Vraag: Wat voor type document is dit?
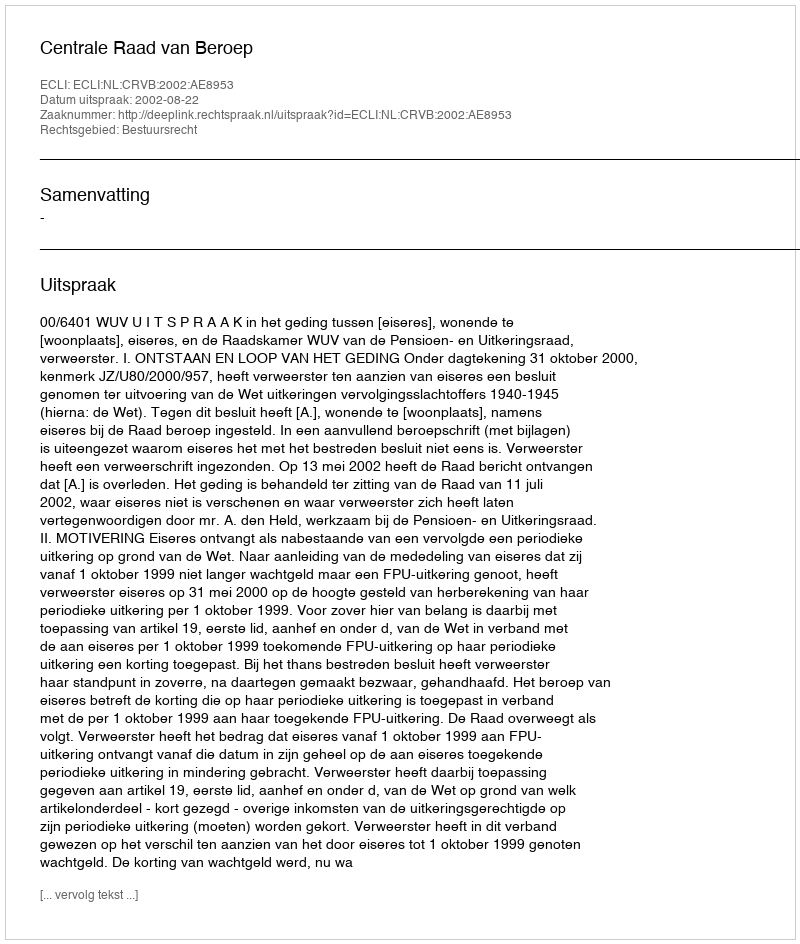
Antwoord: Uitspraak